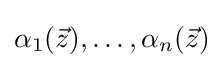
\alpha _{1}({\vec {z}}),\dots ,\alpha _{n}({\vec {z}})